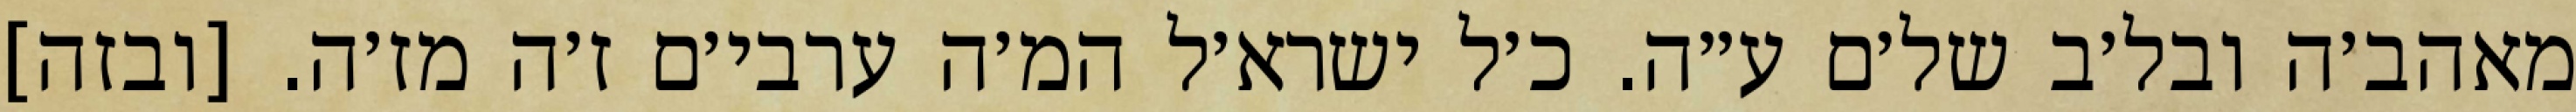
מאהב׳ה ובל׳ב של׳ם ע״ה. כ׳ל ישרא׳ל המ׳ה ערבי׳ם ז׳ה מז׳ה. [ובזה]